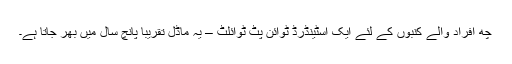
چھ افراد والے کنبوں کے لئے ایک اسٹینڈرڈ ٹوائن پٹ ٹوائلٹ – یہ ماڈل تقریباً پانچ سال میں بھر جاتا ہے۔